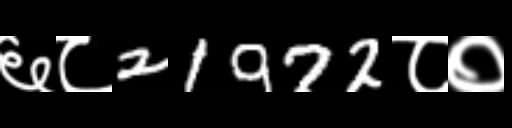
Text: ६८21972८०